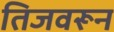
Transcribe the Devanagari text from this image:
तिजवरून